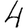
Digit: 4